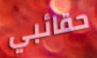
حقائبي